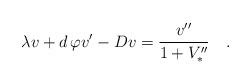
LaTeX: \begin{align*}\lambda v + d\,\varphi v'-Dv={v''\over1+V''_*}\quad.\end{align*}